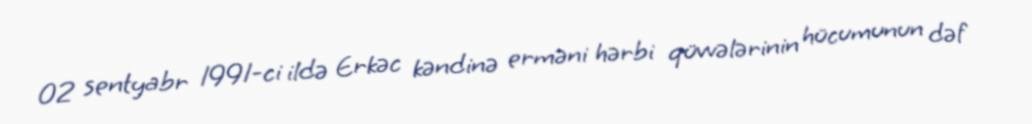
02 sentyabr 1991-ci ildə Erkəc kəndinə erməni hərbi qüvvələrinin hücumunun dəf